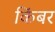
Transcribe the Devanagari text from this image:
किंबर